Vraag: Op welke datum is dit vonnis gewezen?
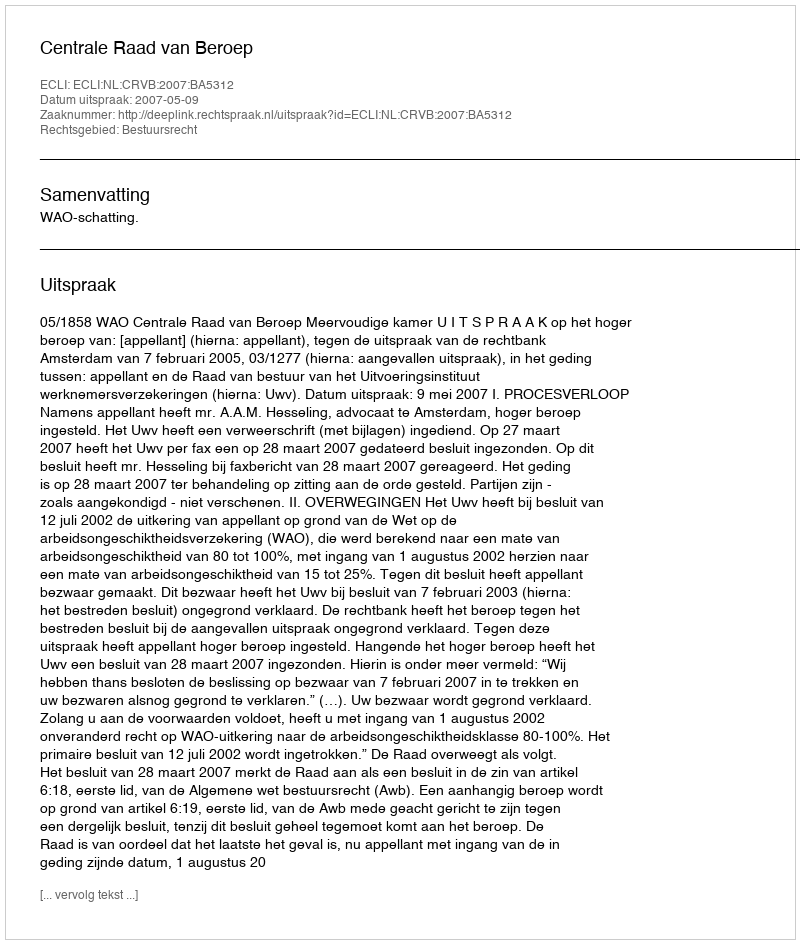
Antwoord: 2007-05-09